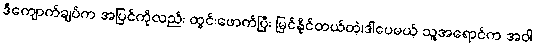
ဒီကျောက်ချပ်က အပြင်ကိုလည်း ထွင်းဖောက်ပြီး မြင်နိုင်တယ်တဲ့၊ဒါပေမယ့် သူ့အရောင်က အဝါ